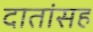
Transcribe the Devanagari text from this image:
दातांसह